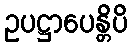
ဥပဋ္ဌာပေန္တိပိ